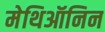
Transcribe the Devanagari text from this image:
मेथिऑनिन